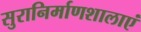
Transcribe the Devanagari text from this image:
सुरानिर्माणशालाएं